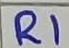
Text: R1